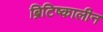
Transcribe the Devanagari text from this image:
ब्रिटिष्कालीन